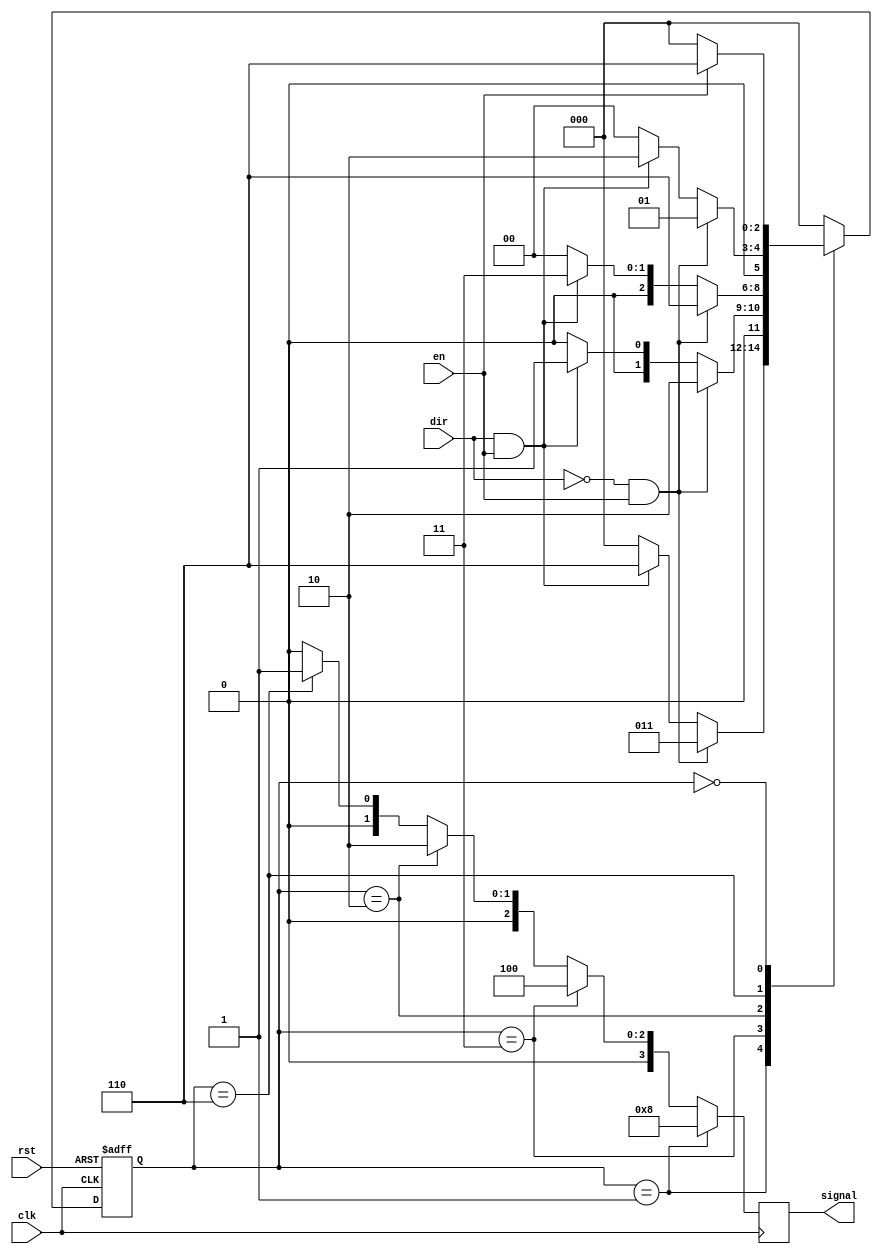
`timescale 1ns / 1ps


module pmod_step_driver(
    input rst,
    input dir,
    input clk,
    input en,
    output reg [3:0] signal
    );
    
  
    localparam sig4 = 3'b001;
    localparam sig3 = 3'b011;
    localparam sig2 = 3'b010;
    localparam sig1 = 3'b110;
    localparam sig0 = 3'b000;
    

    reg [2:0] present_state, next_state;
    

    always @ (present_state, dir, en)
    begin

        case(present_state)
 
        sig4:
        begin

            if (dir == 1'b0 && en == 1'b1)
                next_state = sig3;
            else if (dir == 1'b1 && en == 1'b1)
                next_state = sig1;
            else 
                next_state = sig0;
        end  
        sig3:
        begin
   
            if (dir == 1'b0&& en == 1'b1)
                next_state = sig2;
            else if (dir == 1'b1 && en == 1'b1)
                next_state = sig4;
            else 
                next_state = sig0;
        end 
        sig2:
        begin
   
            if (dir == 1'b0&& en == 1'b1)
                next_state = sig1;
            else if (dir == 1'b1 && en == 1'b1)
                next_state = sig3;
            else 
                next_state = sig0;
        end 
        sig1:
        begin
   
            if (dir == 1'b0&& en == 1'b1)
                next_state = sig4;
            else if (dir == 1'b1 && en == 1'b1)
                next_state = sig2;
            else 
                next_state = sig0;
        end
        sig0:
        begin

            if (en == 1'b1)
                next_state = sig1;
            else 
                next_state = sig0;
        end
        default:
            next_state = sig0; 
        endcase
    end 
    

    always @ (posedge clk, posedge rst)
    begin
        if (rst == 1'b1)
            present_state = sig0;
        else 
            present_state = next_state;
    end
 
    always @ (posedge clk)
    begin
        if (present_state == sig4)
            signal = 4'b1000;
        else if (present_state == sig3)
            signal = 4'b0100;
        else if (present_state == sig2)
            signal = 4'b0010;
        else if (present_state == sig1)
            signal = 4'b0001;
        else
            signal = 4'b0000;
    end
endmodule